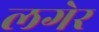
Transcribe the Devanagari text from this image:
लगेर